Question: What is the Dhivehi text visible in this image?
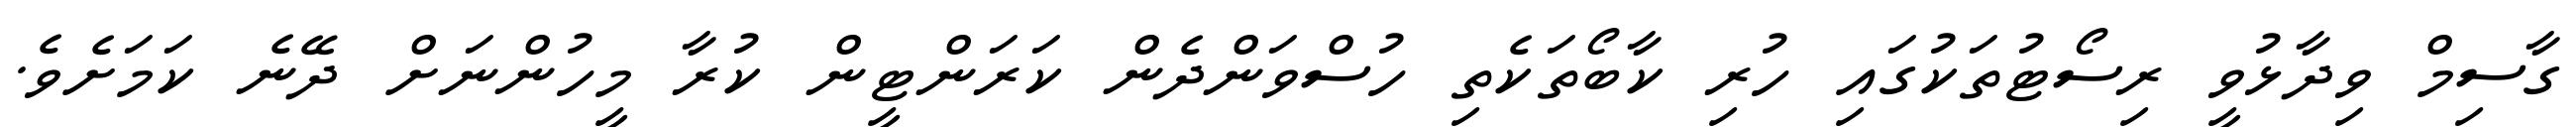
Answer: ގާސިމް ވިދާޅުވީ ރިސޯޓުތަކުގައި ހުރި ކާބޯތަކެތި ހުސްވަންދެން ކަރަންޓީން ކުރާ މީހުންނަށް ދޭނެ ކަމަށެވެ.